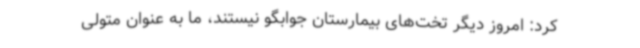
کرد: امروز دیگر تخت‌های بیمارستان جوابگو نیستند، ما به عنوان متولی